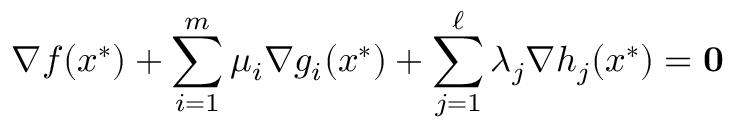
\nabla f ( x ^ { * } ) + \sum _ { i = 1 } ^ { m } \mu _ { i } \nabla g _ { i } ( x ^ { * } ) + \sum _ { j = 1 } ^ { \ell } \lambda _ { j } \nabla h _ { j } ( x ^ { * } ) = \mathbf { 0 }